Report on sanitation, dispensaries, and jails in Rajputana for 1912, and on vaccination for the year 1912-1913 - 1912-1913
Year: 1912
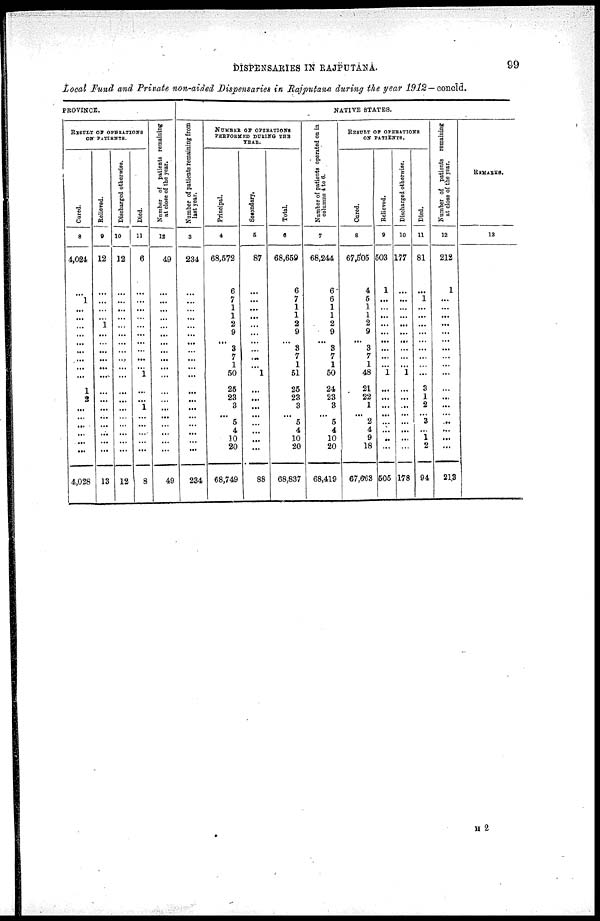
DISPENSARIES IN RAJPUTANA.
99
Local Fund and Private non-aided Dispensaries in Rajputana during the year 1912— concld.
PROVINCE.
RESULT OF OPERATIONS
ON PATIENTS.
Cured.
8
4,024
...
1 ... ... ... ... ... ...
...
...
...
1
2
...
...
...
...
...
...
4,028
Relieved.
9
12
...
...
...
...
1
...
...
...
...
...
...
...
...
...
...
...
...
...
...
13
Discharged otherwise.
10
12
...
...
...
...
...
...
...
...
...
...
...
...
...
...
...
...
...
...
...
12
Died.
11
6
...
...
...
...
...
...
...
...
...
...
1
...
...
1
...
...
...
...
...
8
Number of patients remaining
at close of the year.
12
49
...
...
...
...
...
...
...
...
...
...
...
...
...
...
...
...
...
...
...
49
NATIVE STATES.
Number of patients remaining from
last year.
3
234
...
...
...
...
...
...
...
...
...
...
...
...
...
...
...
...
...
...
...
234
NUMBER OF OPERATIONS
PERFORMED DURING THE
YEAR.
Principal.
4
68,572
6
7
1
1
2
9
... 3
7
1
50
25
23
3
...
5
4
10
20
68,749
Secondary.
5
87
...
...
...
...
...
...
...
...
...
...
1
...
...
...
...
...
...
...
...
88
Total.
6
68,659
6
7
1
1
2
9
...
3
7
1
51
25
23
3
...
5
4
10
20
68,837
Number of patients operated on in
columns 4 to 6.
7
68,244
6
6
1
1
2
9
... 3
7
1
50
24
23
3
...
5
4
10
20
68,419
RESULT OF OPERATIONS
ON PATIENTS.
Cured.
8
67,505
4
5
1
1
2
9
...
3
7
1
48
21
22
1
...
2
4
9
18
67,663
Relieved.
9
503
1
...
...
...
...
...
...
...
...
...
1
...
...
...
...
...
...
...
...
505
Discharged otherwise.
10
177
...
...
...
...
...
...
...
...
...
...
1
...
...
...
...
...
...
...
...
178
Died.
11
81
...
1
...
...
...
...
...
...
...
...
...
3
1
2
...
3
...
1
2
94
Number of patients remaining
at close of the year.
12
212
1
...
...
...
...
...
...
...
...
...
...
...
...
...
...
...
...
...
...
213
REMARKS.
13